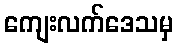
ကျေးလက်ဒေသမှ